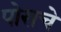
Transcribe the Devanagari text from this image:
पोराचे